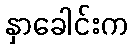
နှာခေါင်းက